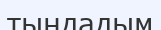
тыңдадым